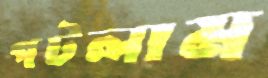
পটলাম